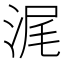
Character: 浘